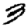
Digit: 3